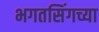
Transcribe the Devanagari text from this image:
भगतसिंगच्या